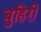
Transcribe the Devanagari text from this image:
बुहिरी